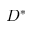
D ^ { * }